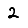
Digit: 2